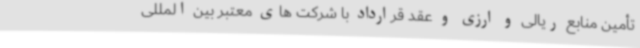
تأمین منابع ریالی و ارزی و عقد قرارداد با شرکت های معتبر بین المللی